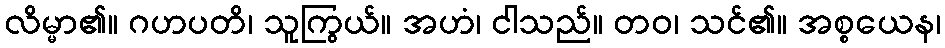
လိမ္မာ၏။ ဂဟပတိ၊ သူကြွယ်။ အဟံ၊ ငါသည်။ တဝ၊ သင်၏။ အစ္စယေန၊